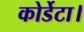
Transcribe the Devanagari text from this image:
कोर्डेटा।